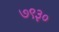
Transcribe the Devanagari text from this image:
७९३०